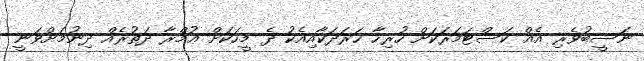
ނަސީބުވެރި އެއް ކަސްޓަމަރަކަށް ހުރިހާ ޚަރަދަކާއިއެކު ދެ މީހަކަށް ޢުމްރާ ދަތުރެއް ދިނުމަށްވަނީ